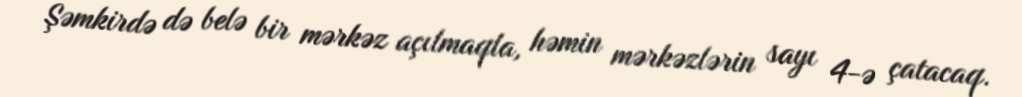
Şəmkirdə də belə bir mərkəz açılmaqla, həmin mərkəzlərin sayı 4-ə çatacaq.